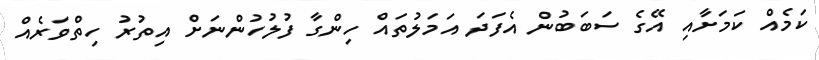
ކަމެއް ކަމަށާއި އޭގެ ސަބަބުން އެފަދަ އަމަލުތައް ހިންގާ ފުލުހުންނަށް އިތުރު ހިތްވަރެއް